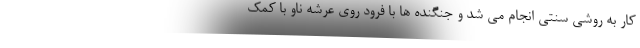
کار به روشی سنتی انجام می شد و جنگنده ها با فرود روی عرشه ناو با کمک